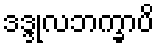
ဒဒ္ဒုလဘက္ခာပိ